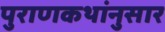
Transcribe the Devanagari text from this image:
पुराणकथांनुसार